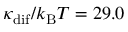
\kappa _ { \mathrm { d i f } } / k _ { \mathrm { B } } T = 2 9 . 0